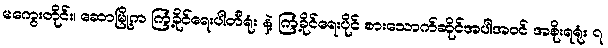
မကွေးတိုင်း၊ ဆောမြို့က ကြံ့ခိုင်ရေးပါတီရုံး နဲ့ ကြံ့ခိုင်ရေးပိုင် စားသောက်ဆိုင်အပါအဝင် အစိုးရရုံး ၇